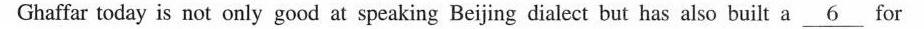
Ghaffar today is not only good at speaking Beijing dialect but has also built a \underline{6 } for